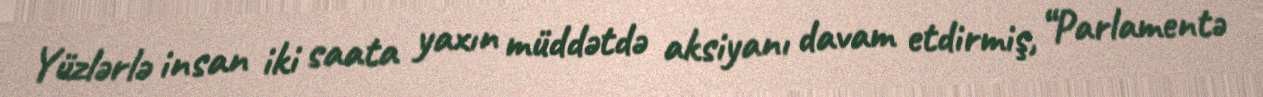
Yüzlərlə insan iki saata yaxın müddətdə aksiyanı davam etdirmiş, “Parlamentə